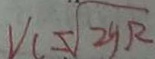
V _ { c } = \sqrt { 2 y R }